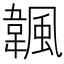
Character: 𩘚